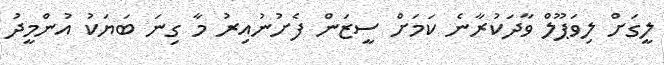
ލީގަށް ލިވަޕޫލް ވާދަކުރާނެ ކަމަށް ސީޒަން ފެށުނުއިރު މާ ގިނަ ބަޔަކު އުންމީދު